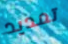
تمديد